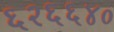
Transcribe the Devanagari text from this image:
६२६६४०